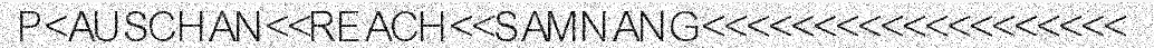
P<AUSCHAN<<REACH<<SAMNANG<<<<<<<<<<<<<<<<<<<